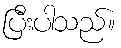
ပြီးပါသည်။